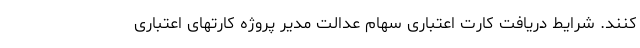
کنند. شرایط دریافت کارت اعتباری سهام عدالت مدیر پروژه کارتهای اعتباری